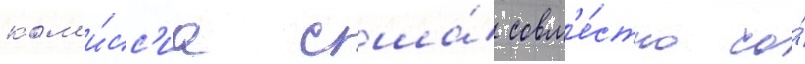
ком'и́сс'иа сша́ совм'е́стно со́